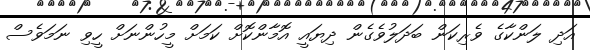
އަދި ލަންކާގެ ވެރިކަން ބަދަލުވެގެން ދިޔައީ އޮމާންކޮށް ކަމަށް މީހުންނަށް ހީވި ނަމަވެސް